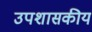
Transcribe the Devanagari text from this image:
उपशासकीय